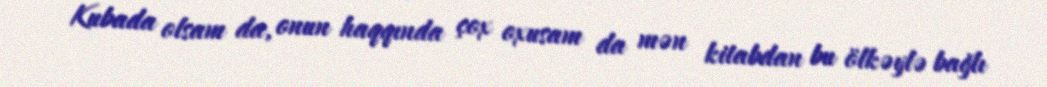
Kubada olsam da, onun haqqında çox oxusam da mən kitabdan bu ölkəylə bağlı